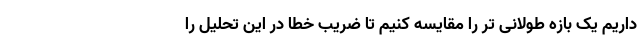
داریم یک بازه طولانی تر را مقایسه کنیم تا ضریب خطا در این تحلیل را